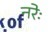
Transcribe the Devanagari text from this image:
नरेः